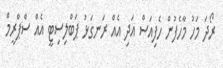
ރޯދަ މަހު މާހެފުން ހެފިއަސް އަދި އެއް ރަނގަޅު ޕަބްލިސިޓީ އެއް ސްޕްރީމް